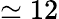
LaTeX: \simeq 12